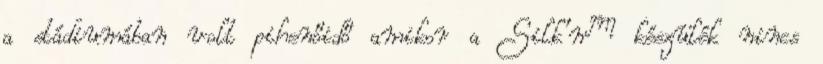
a stádiumában volt pihenőidő amikor a Silk’n™ készülék nincs